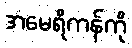
အမေရိကန်ကို